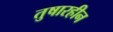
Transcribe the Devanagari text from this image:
तुषारहीन